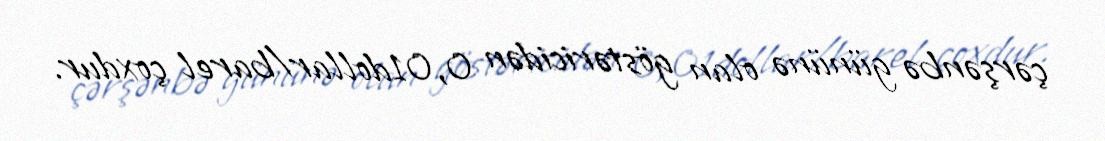
çərşənbə gününə olan göstəricidən 0,01dollar/barel çoxdur.